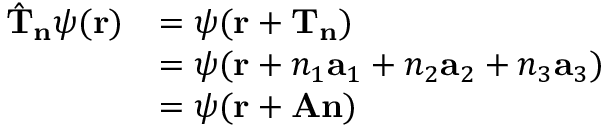
{ \begin{array} { r l } { { \hat { \mathbf { T } } } _ { \mathbf { n } } \psi ( \mathbf { r } ) } & { = \psi ( \mathbf { r } + \mathbf { T } _ { \mathbf { n } } ) } \\ & { = \psi ( \mathbf { r } + n _ { 1 } \mathbf { a } _ { 1 } + n _ { 2 } \mathbf { a } _ { 2 } + n _ { 3 } \mathbf { a } _ { 3 } ) } \\ & { = \psi ( \mathbf { r } + \mathbf { A } \mathbf { n } ) } \end{array} }